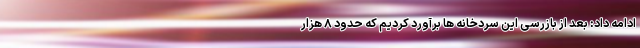
ادامه داد: بعد از بازرسی این سردخانه ها برآورد کردیم که حدود ۸ هزار